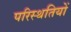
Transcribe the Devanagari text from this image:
परिस्‍थतियों